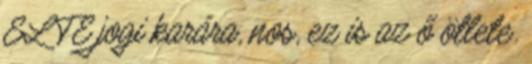
ELTE jogi karára, nos, ez is az ő ötlete.